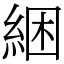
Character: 綑